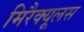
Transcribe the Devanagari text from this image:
मिरैक्यूलस